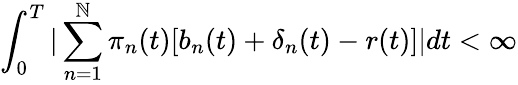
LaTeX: \int_{0}^{T}|\sum_{n=1}^{\mathbb{N}}\pi_{n}(t)[b_{n}(t)+\mathbf{{\delta}}_{n}(t)-r(t)]|dt<\infty